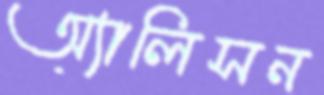
অ্যালিসন